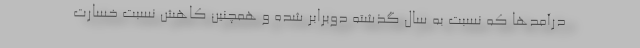
درآمدها که نسبت به سال گذشته دوبرابر شده و همچنین کاهش نسبت خسارت